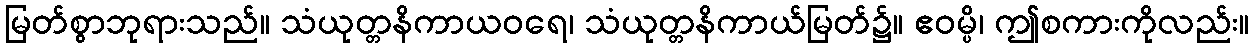
မြတ်စွာဘုရားသည်။ သံယုတ္တနိကာယဝရေ၊ သံယုတ္တနိကာယ်မြတ်၌။ ဧဝမ္ပိ၊ ဤစကားကိုလည်း။